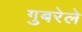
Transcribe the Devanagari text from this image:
गुबरेले